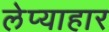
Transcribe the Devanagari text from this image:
लेप्याहार